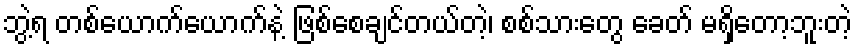
ဘွဲ့ရ တစ်ယောက်ယောက်နဲ့ ဖြစ်စေချင်တယ်တဲ့၊ စစ်သားတွေ ခေတ် မရှိတော့ဘူးတဲ့